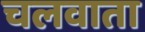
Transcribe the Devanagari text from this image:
चलवाता